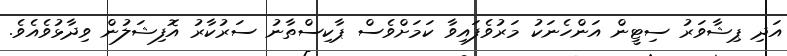
އަދި ޕިޝާވަރު ސިޓީން އަންހެނަކު މަރުވެފައިވާ ކަމަށްވެސް ޕާކިސްތާނު ސަރުކާރު އޮފިޝަލުން ވިދާޅުވެއެވެ.